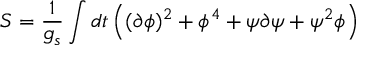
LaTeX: S = { \frac { 1 } { g _ { s } } } \int d t \left( ( \partial \phi ) ^ { 2 } + \phi ^ { 4 } + \psi \partial \psi + \psi ^ { 2 } \phi \right)